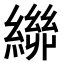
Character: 𮉃